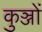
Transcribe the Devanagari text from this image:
कुञ्जों